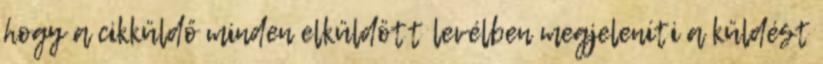
hogy a cikküldő minden elküldött levélben megjeleníti a küldést